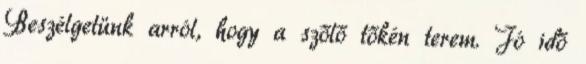
Beszélgetünk arról, hogy a szőlő tőkén terem. Jó idő